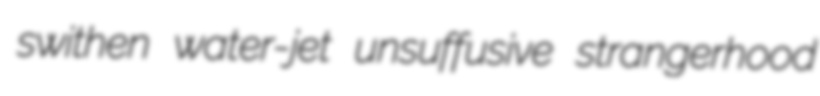
swithen water-jet unsuffusive strangerhood